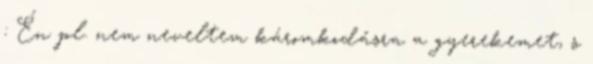
: Én pl. nem neveltem káromkodásra a gyerekemet, s